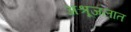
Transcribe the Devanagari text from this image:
अश्रूजलात